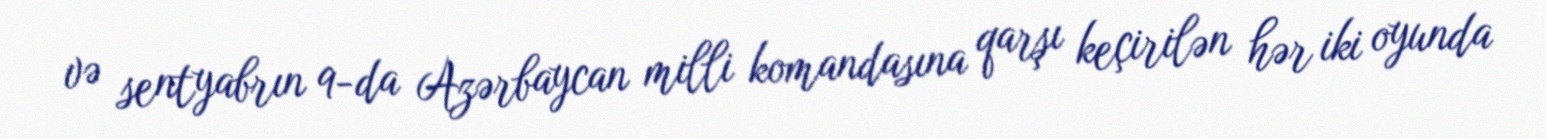
və sentyabrın 9-da Azərbaycan milli komandasına qarşı keçirilən hər iki oyunda